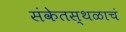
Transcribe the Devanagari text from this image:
संकेतस्थळाचं